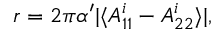
r = 2 \pi \alpha ^ { \prime } \vert \langle A _ { 1 1 } ^ { i } - A _ { 2 2 } ^ { i } \rangle \vert ,